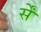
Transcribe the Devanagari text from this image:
र्सें